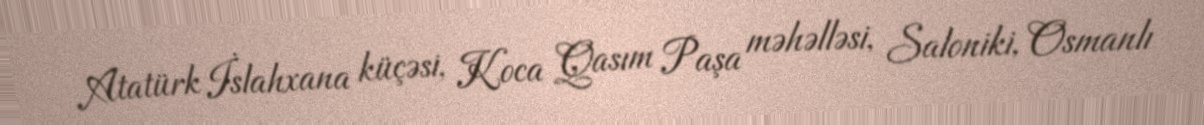
Atatürk İslahxana küçəsi, Koca Qasım Paşa məhəlləsi, Saloniki, Osmanlı